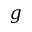
\boldsymbol { g }